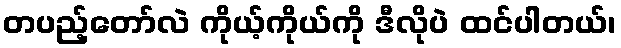
တပည့်တော်လဲ ကိုယ့်ကိုယ်ကို ဒီလိုပဲ ထင်ပါတယ်၊